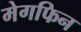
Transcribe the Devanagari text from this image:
मेगफिन